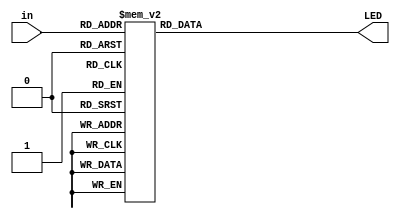
`timescale 1ns / 1ps
//////////////////////////////////////////////////////////////////////////////////
// Company: 
// Engineer: 
// 
// Design Name: 
// Module Name:    BCD_LED1 
// Project Name: 
// Target Devices: 
// Tool versions: 
// Description: 
//
// Dependencies: 
//
// Revision: 
// Revision 0.01 - File Created
// Additional Comments: 
//
//////////////////////////////////////////////////////////////////////////////////
module BCD_LED1(in,LED);
  output[6:0] LED;
  reg[6:0] LED;
  input [4:0] in;
  always @(in)
   case (in)
          0: LED = 7'b0000001;
            1: LED = 7'b1001111;
            2: LED = 7'b0010010;
            3: LED = 7'b0000110;
            4: LED = 7'b1001100;
            5: LED = 7'b0100100;
            6: LED = 7'b1100000;
            7: LED = 7'b0001111;
            8: LED = 7'b0000000;
            9: LED = 7'b0001100;
				10:LED = 7'b1111111;
				11:LED = 7'b1111001; //l
				12:LED = 7'b1100010; //o
				13:LED = 7'b0100100; //S
				14:LED = 7'b1110000; //t
				15:LED = 7'b0011000; //p
				16:LED = 7'b0001000; //A
				17:LED = 7'b1111010; //r
				18:LED = 7'b1100011; //u
				19:LED = 7'b1101010; //n
				20:LED = 7'b0110001; //C
     default: LED = 7'b1111111;
   endcase

endmodule